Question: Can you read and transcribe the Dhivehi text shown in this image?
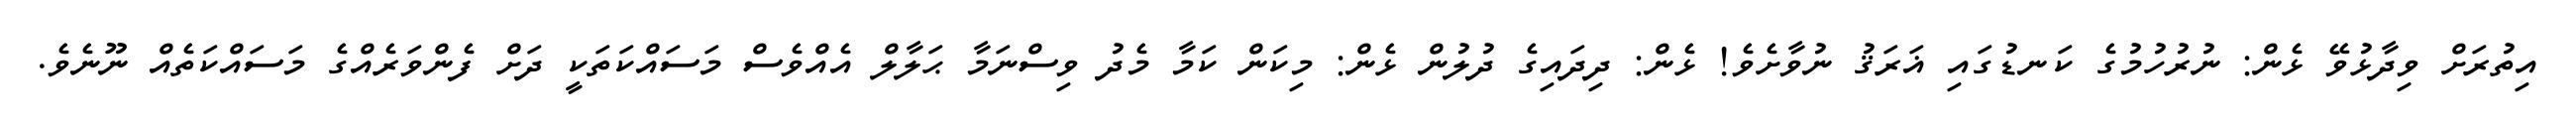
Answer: އިތުރަށް ވިދާޅުވޭ ޅެން: ނުރުހުމުގެ ކަނޑުގައި ޣަރަޤު ނުވާށެވެ! ޅެން: ދިދައިގެ ދުލުން ޅެން: މިކަން ކަމާ މެދު ވިސްނަމާ ޙަލާލް އެއްވެސް މަސައްކަތަކީ ދަށް ފެންވަރެއްގެ މަސައްކަތެއް ނޫނެވެ.